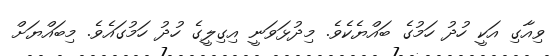
ވިއާގި އަކީ ހުދު ހަމުގެ ބައްޔެކެވެ. މިދުޅަވަނީ އިގިލީގެ ހުދު ހަމުގައެވެ. މިބައްޔަށް